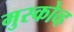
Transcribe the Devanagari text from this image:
मुस्कोव्ह